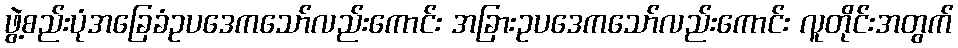
ဖွဲ့စည်းပုံအခြေခံဥပဒေကသော်လည်းကောင်း အခြားဥပဒေကသော်လည်းကောင်း လူတိုင်းအတွက်